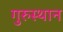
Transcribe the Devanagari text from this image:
गुरुस्थान